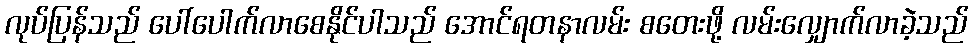
လုပ်ပြန်သည် ပေါ်ပေါက်လာစေနိုင်ပါသည် အောင်ရတနာလမ်း စတေးဖို့ လမ်းလျှောက်လာခဲ့သည်